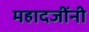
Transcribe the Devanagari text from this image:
महादजींनी